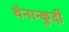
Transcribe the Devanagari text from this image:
थेनान्कुदी